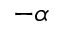
- \alpha